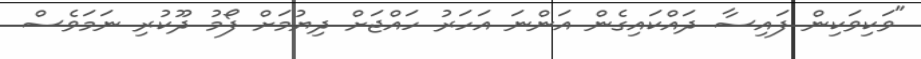
"ވަކިވަކިން ފައިސާ ދައްކައިގެން އަންނަ އަހަރު ހައްޖަށް ދިޔުމަށް ފޯމު ދޫކުރި ނަމަވެސް